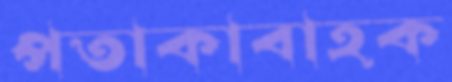
পতাকাবাহক